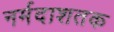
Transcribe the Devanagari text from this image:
नर्मदाशतक